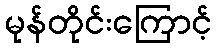
မုန်တိုင်းကြောင့်